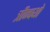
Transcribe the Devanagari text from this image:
त्रीन्पथो